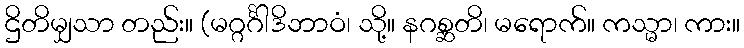
ဌိတိမျှသာ တည်း။ (မဂ္ဂင်္ဂါဒိဘာဝံ၊ သို့။ နဂစ္ဆတိ၊ မရောက်။ ကသ္မာ၊ ကား။